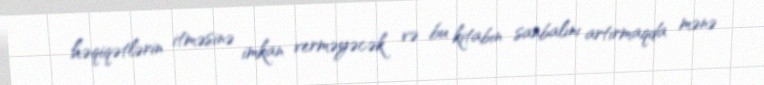
həqiqətlərin itməsinə imkan verməyəcək və bu kitabın sanbalını artırmaqda mənə